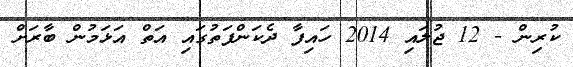
ކުރިން - 12 ޖުލައި 2014 ހައިފާ ދެކަންފަތުގައި އަތް އަޅަމުން ބާރަށް